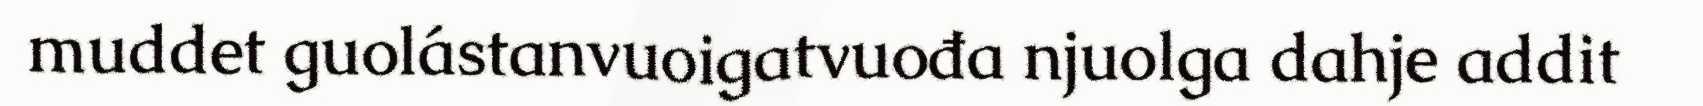
muddet guolástanvuoigatvuođa njuolga dahje addit